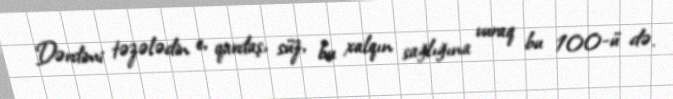
Dərdimi təzələdin e, qardaş, süz, bu xalqın sağlığına vuraq bu 100-ü də.